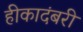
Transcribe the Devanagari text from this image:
हीकादंबरी